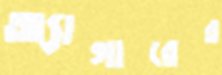
অ্যাগারের